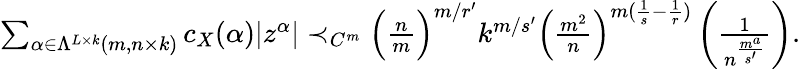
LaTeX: \begin{array}{r}{\sum_{\alpha\in\Lambda^{L\times k}(m,n\times k)}c_{X}(\alpha)|z^{\alpha}|\prec_{C^{m}}\Big(\frac{n}{m}\Big)^{m/r^{\prime}}k^{m/s^{\prime}}\Big(\frac{m^{2}}{n}\Big)^{m(\frac 1{s}-\frac{1}{r})}\left(\frac{1}{n^{\frac{m^{a}}{s^{\prime}}}}\right).}\end{array}